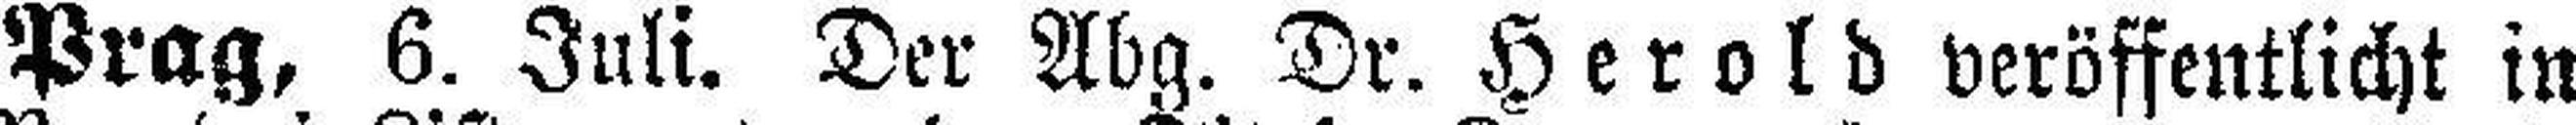
Prag, 6. Juli. Der Abg. Dr. Herold veröffentlicht in